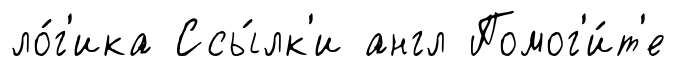
ло́г'ика Ссы́лк'и англ Помог'и́т'е